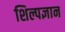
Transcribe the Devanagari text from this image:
शिल्पज्ञान